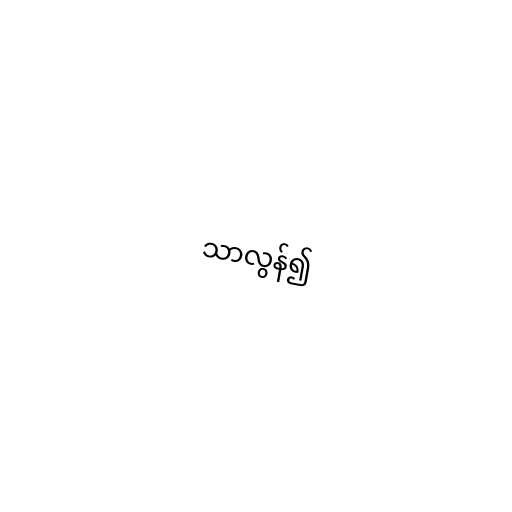
သာလွန်၍